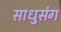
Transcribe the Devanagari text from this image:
साधुसंग